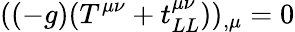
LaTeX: ((-g)(T^{\mu\nu}+t_{LL}^{\mu\nu}))_{,\mu}=0